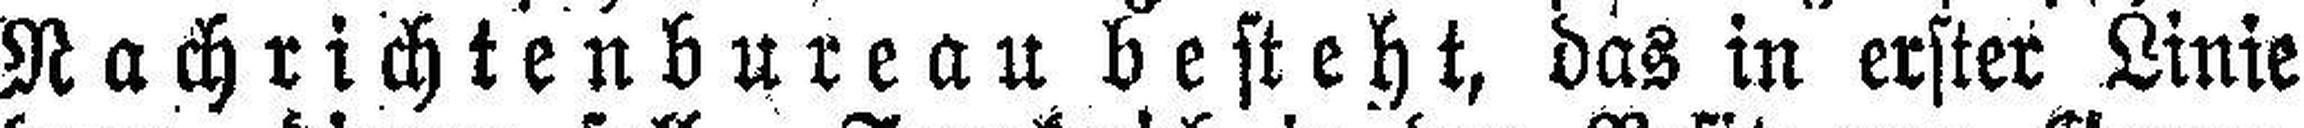
Nachrichtenbureau besteht, das in erster Linie